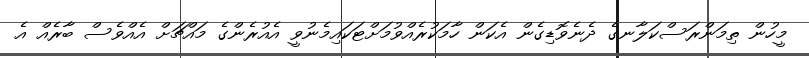
މީހުން ތިމަންރަސްކަލާނގެ ދެނެވޮޑިގެން އެކަން ހާމަކުރެއްވުމަށްޓަކައިމެނުވީ އެއުރެންގެ މައްޗަށް އެއްވެސް ބާރެއް އެ